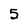
Character: 5